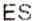
ES